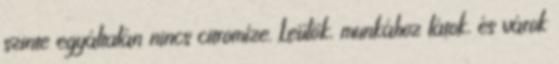
szinte egyáltalán nincs citromíze. Leülök, munkához látok, és várok